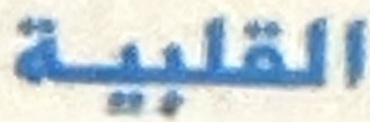
القلبية